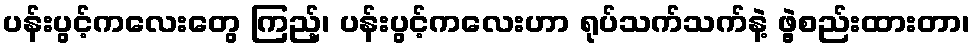
ပန်းပွင့်ကလေးတွေ ကြည့်၊ ပန်းပွင့်ကလေးဟာ ရုပ်သက်သက်နဲ့ ဖွဲ့စည်းထားတာ၊